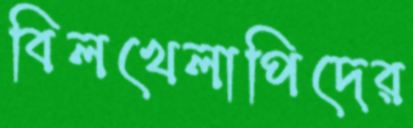
বিলখেলাপিদের